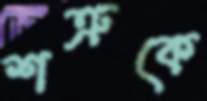
শত্রুকে